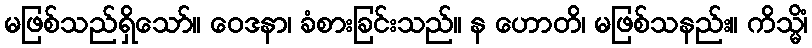
မဖြစ်သည်ရှိသော်။ ဝေဒနာ၊ ခံစားခြင်းသည်။ န ဟောတိ၊ မဖြစ်သနည်း။ ကိသ္မိံ၊